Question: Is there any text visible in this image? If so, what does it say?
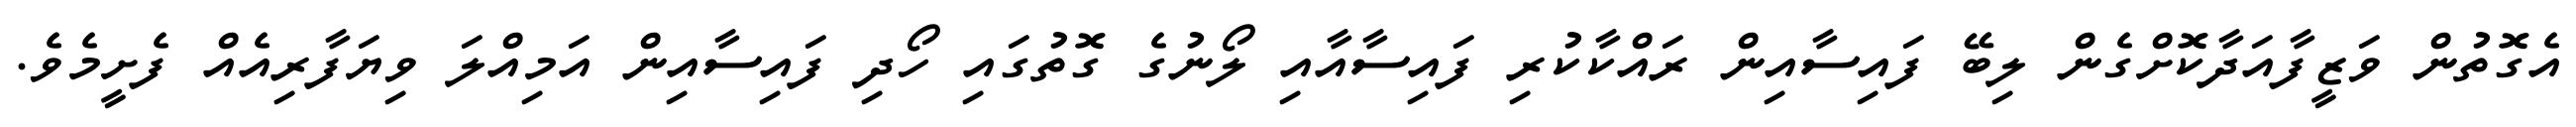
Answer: އެގޮތުން ވަޒީފާއަދާކޮށްގެން ލިބޭ ފައިސާއިން ރައްކާކުރި ފައިސާއާއި ލޯނުގެ ގޮތުގައި ހޯދި ފައިސާއިން އަމިއްލަ ވިޔަފާރިއެއް ފެށީމެވެ.